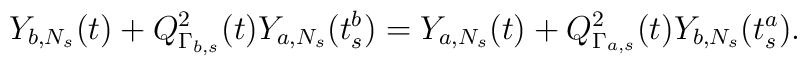
Y_{b,N_s}(t)+Q_{\Gamma_{b,s}}^{2}(t)Y_{a,N_s}(t_s^b)=Y_{a,N_s}(t)+Q_{\Gamma_{a,s}}^{2}(t)Y_{b,N_s}(t_s^a).